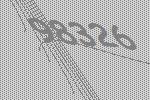
98326